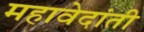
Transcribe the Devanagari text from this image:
महावेदांती